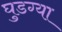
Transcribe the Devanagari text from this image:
घुडग्या